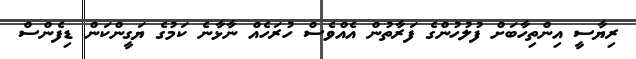
ރިޔާސީ އިންތިހާބަށް ފުލުހުންގެ ފަރާތުން އެއްވެސް ހުރަހެއް ނާޅާނެ ކަމުގެ ޔަގީންކަން ޑިފެންސް